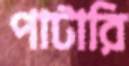
পাটারি